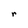
Character: r